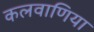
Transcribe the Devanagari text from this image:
कलवाणिया